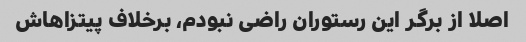
اصلا از برگر این رستوران راضی نبودم، برخلاف پیتزاهاش